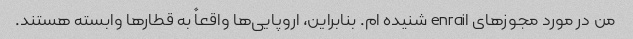
من در مورد مجوزهای enrail شنیده ام. بنابراین، اروپایی‌ها واقعاً به قطارها وابسته هستند.